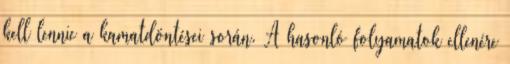
kell lennie a kamatdöntései során. A hasonló folyamatok ellenére